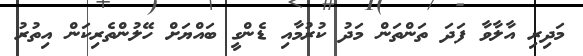
މަދިރި އާލާވާ ފަދަ ތަންތަން މަދު ކުރުމާއި ޑެންގީ ބައްޔަށް ހޭލުންތެރިކަން އިތުރު